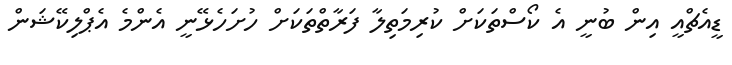
ޑީއެޗްއީ އިން ބުނީ އެ ކޯސްތަކަށް ކުރިމަތިލާ ފަރާތްތަކަށް ހުށަހެޅޭނީ އެންމެ އެޕްލިކޭޝަން